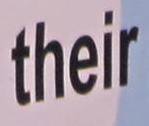
their